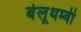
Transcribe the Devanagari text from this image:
बेलूथम्बी